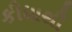
કીધાથી